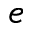
e